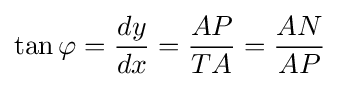
\tan \varphi ={\frac {dy}{dx}}={\frac {AP}{TA}}={\frac {AN}{AP}}